Bréfritari: Guðlaug Guttormsdóttir
Viðtakandi: Halldór Jónsson
Dagsetning: A-1870-09-26
Skrifað á: Skeggjastöðum  N-Múl.

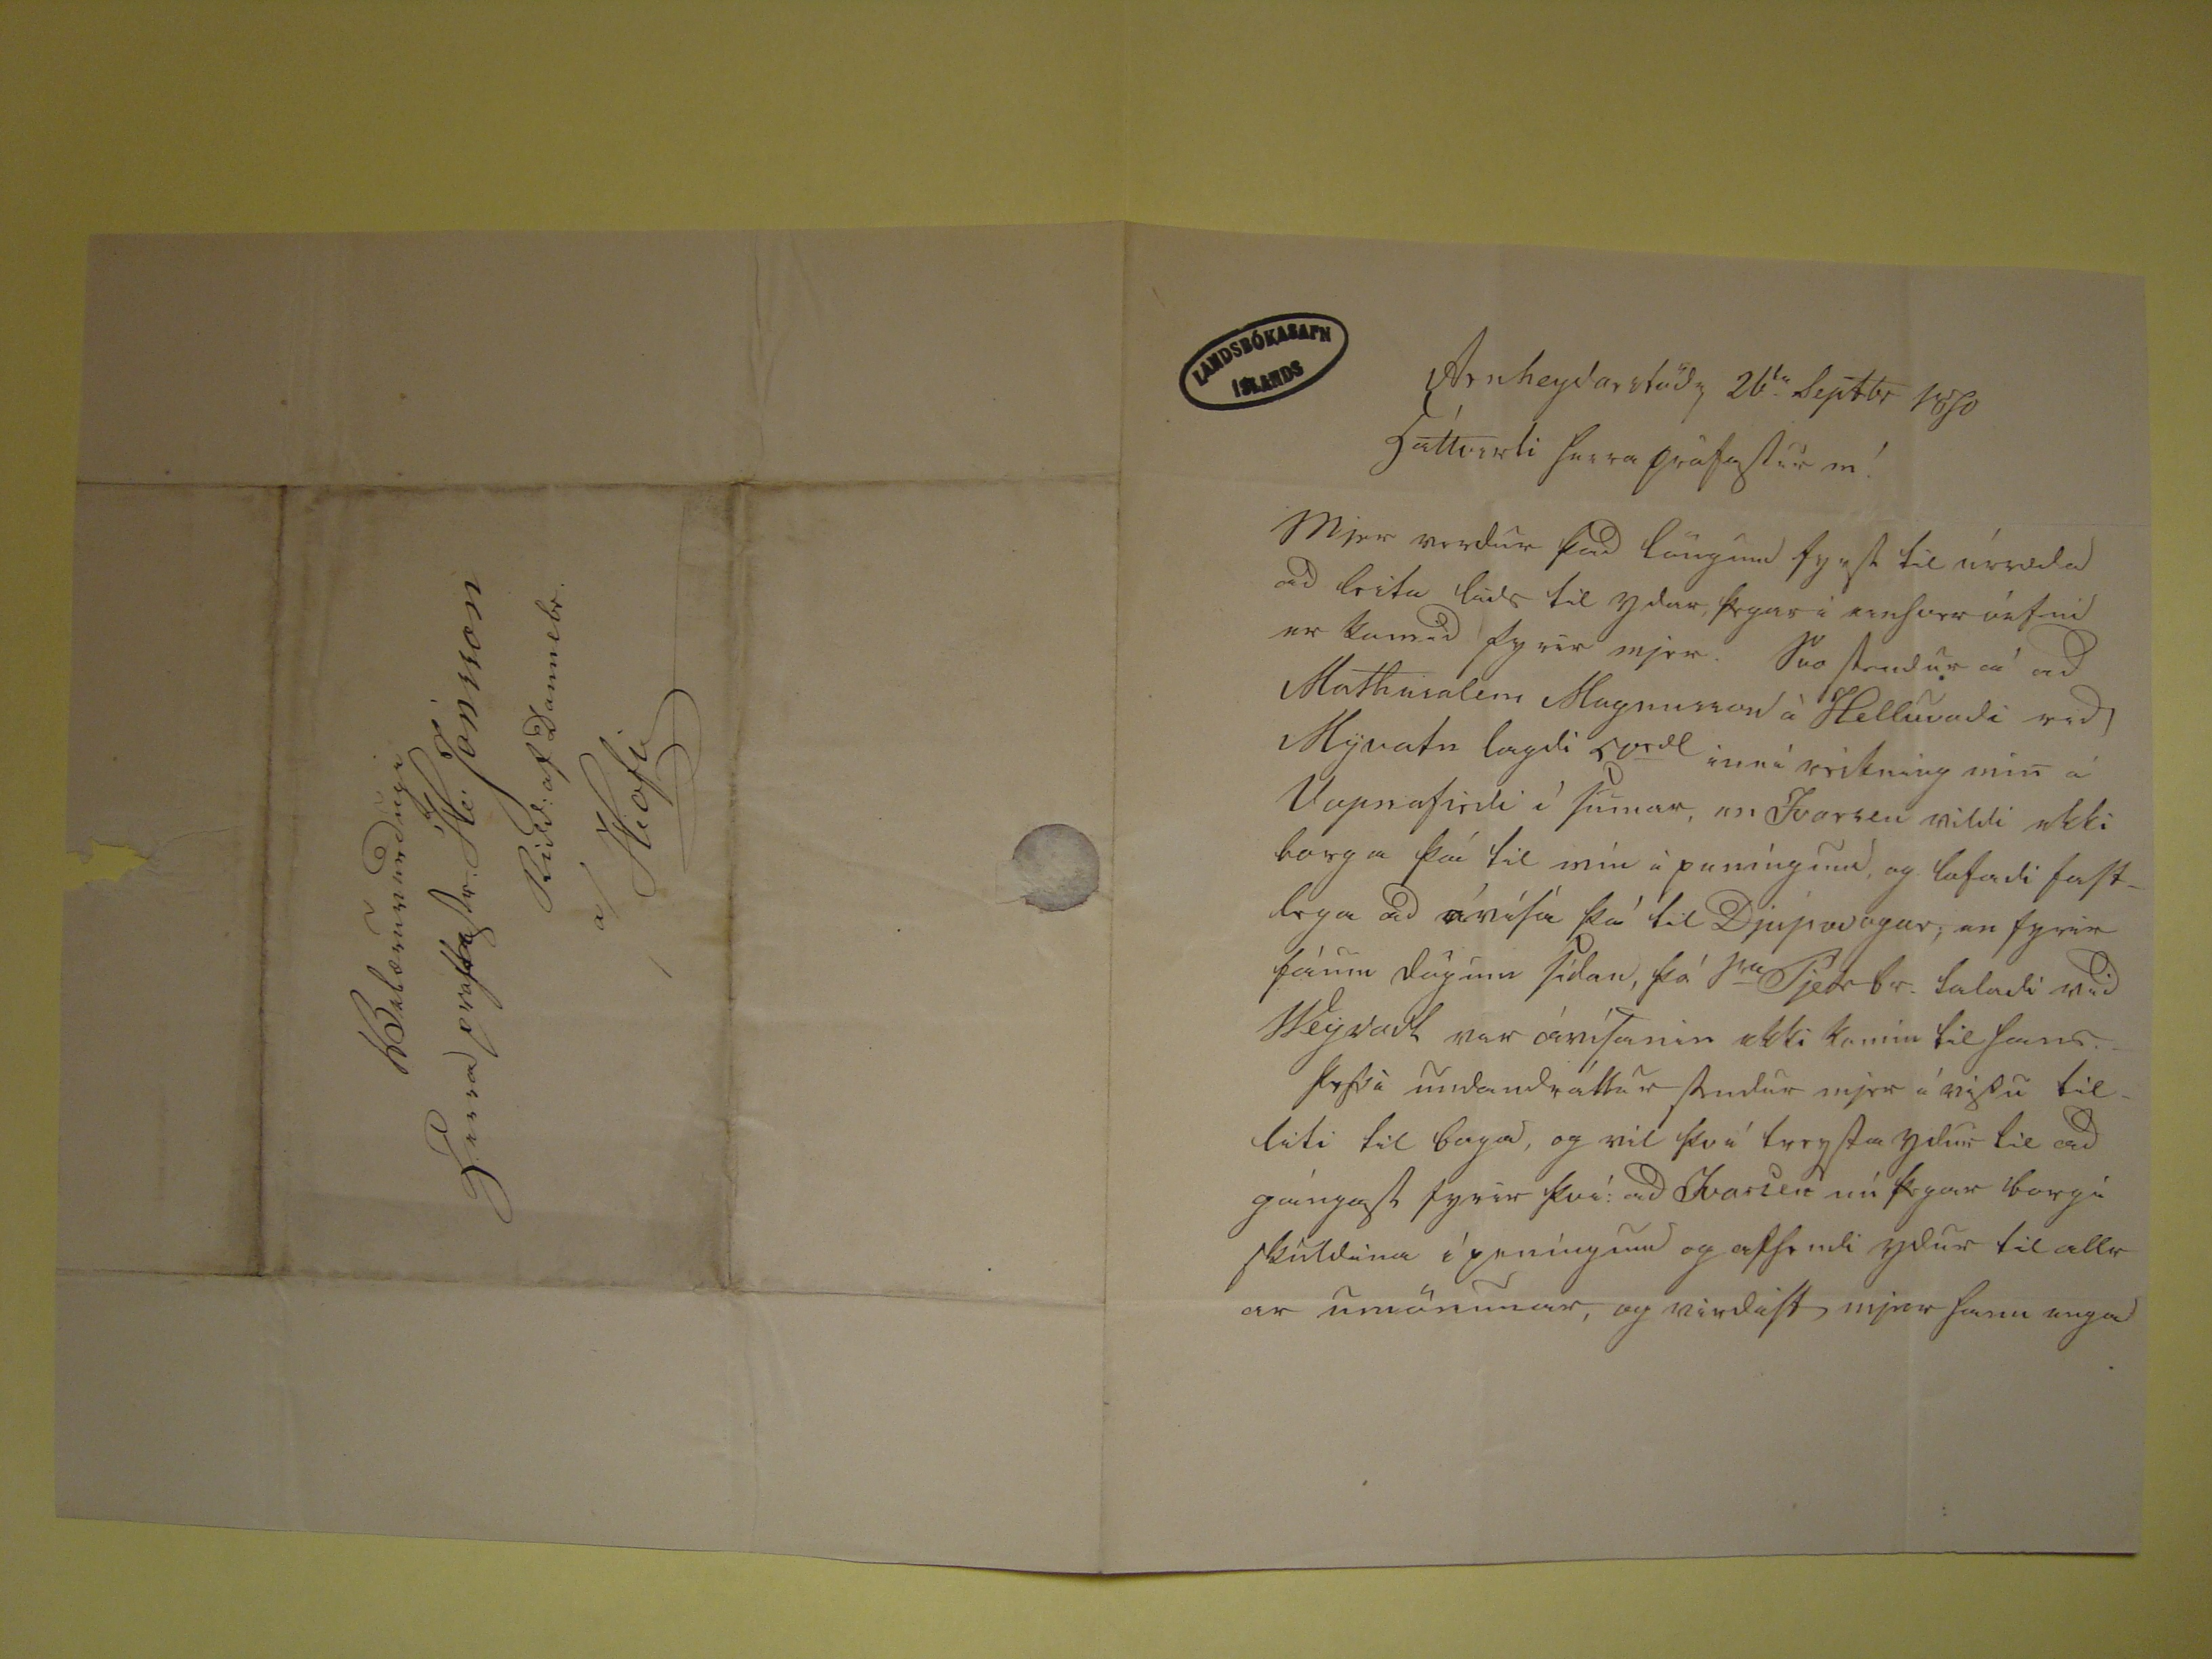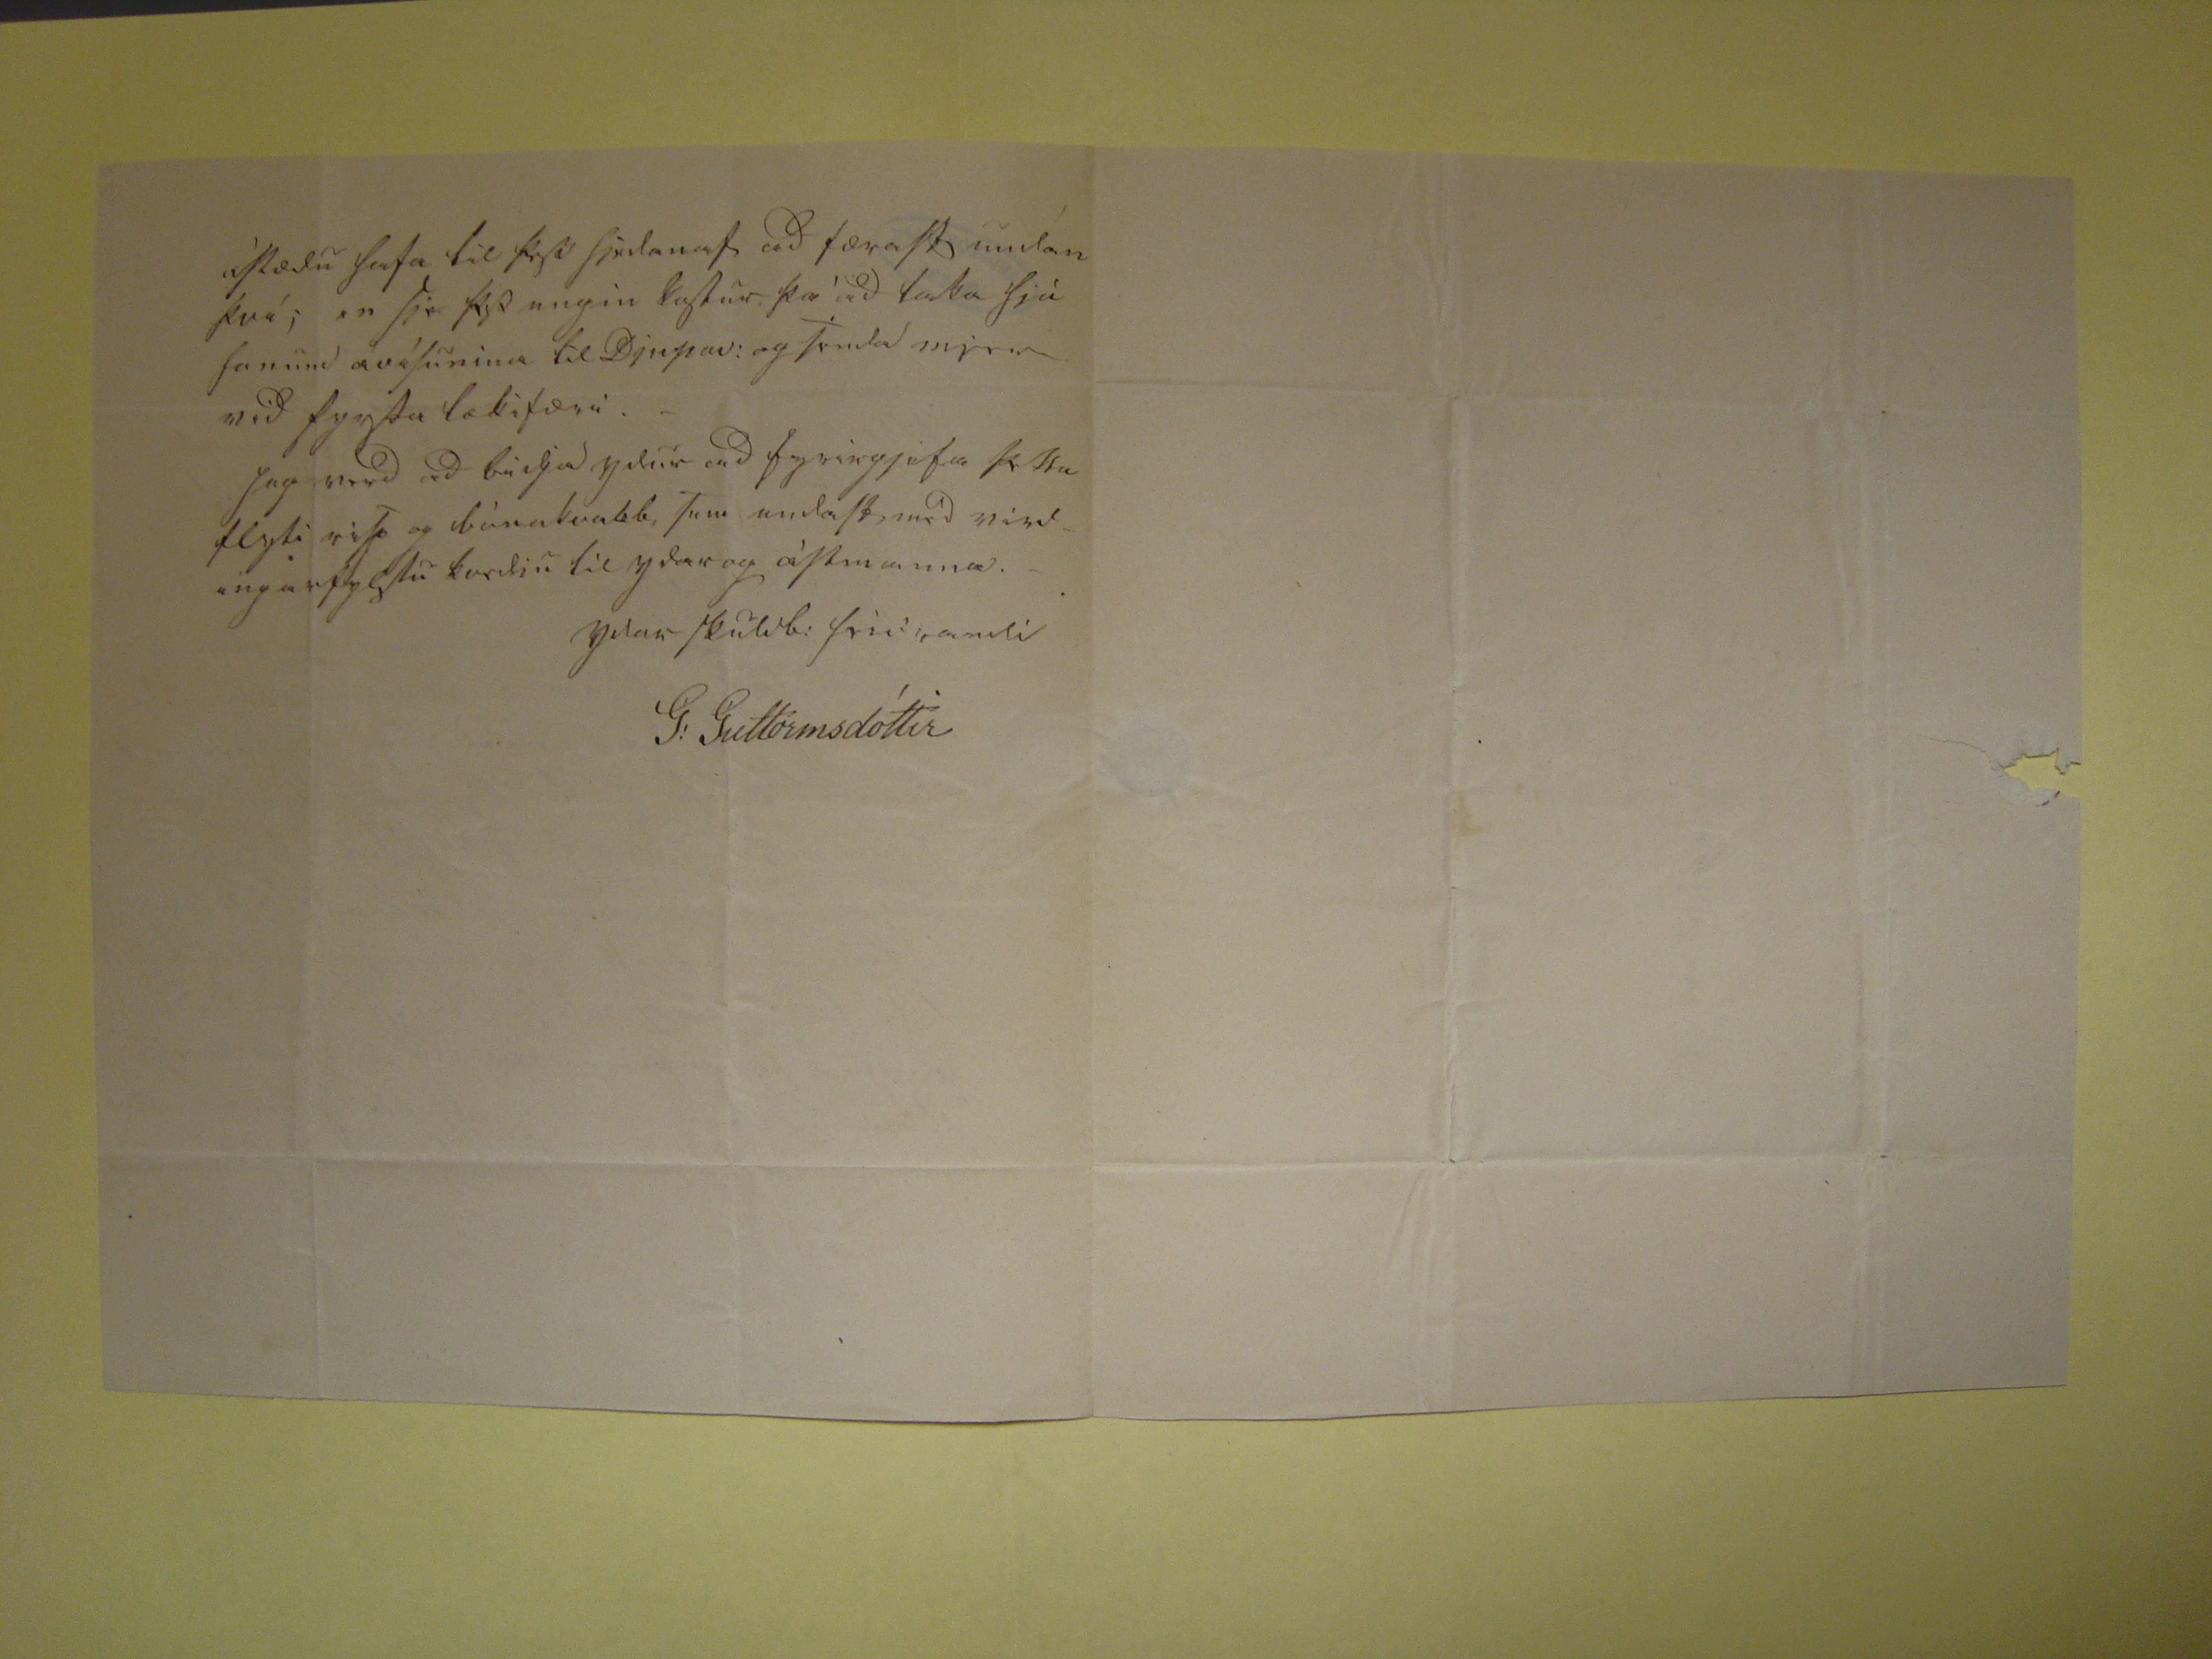

Arnheyðarstöð
u
26
ta
Septbr 1870
háttvirti herra prófastur in!
Mjer verdur það löngum fyrst til
úrvala
að leita
láds
til yðar
fryns á ??
vátni er komið fyrir mjer.
Svo stendur á að Mathusalem Magnusson á Helluvaði við Mývatn lagði 50
rdl
inná reiknin min á
Vopnafirði í sumar, en Ivarsen vildi ekki borga þá til mín á puníngum og lofadi fastlega að óníta þá til Djupavogur; en fyrir fáum dögum sídan, þá
?? Pjetr br. taladi við
Veyvard var ánísanir
ekki komin til hans. þessa
undandi áttu studur mjer á nýsu
til liti til baga, og vil því birja sterjelur til að gángast fyrir því að Ivarsen nú þegar borgi skildina í peníngum og afsendi yður til allrar umönunar, og virdast mjer hann
auga
ástæðu hafa til þess sidanas að færast undan því; en þá þes engin lestur þá að taka þá sanum avísunina til Djupav: og senda mjer við fyrsta tækifæri. Jeg verð að
biðja yður að fyrirgjefa þetta flyti
vit
og búnakvabb, tum undasturð virdingu
??
kverdin til ydar og ástmanna
ydar skuldb: fridrandi
G:Guttormsdóttir
Velæruverdðugi
Herra proifastr H Jónsson
Ridd: af Dannebr.
a/Hofi